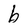
Character: b